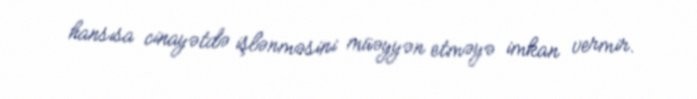
hansısa cinayətdə işlənməsini müəyyən etməyə imkan vermir.